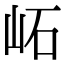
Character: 𡶌